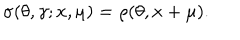
\sigma ( \theta , \gamma ; x , \mu ) = \rho ( \theta , x + \mu ) .